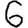
Digit: 6